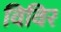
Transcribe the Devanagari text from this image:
विविर